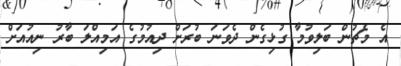
އެ މެޗުން ބަލިވުމާ ގުޅިގެން ދެވަނަ ބުރަށް ދިއުމުގެ އަމިއްލަ ބާރު ނިއުއަށް